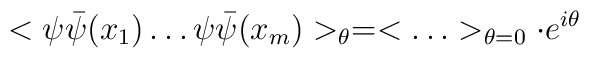
<\psi \bar{\psi}(x_1) \ldots \psi \bar{\psi}(x_m)>_{\theta} = <\ldots >_{\theta=0} \cdot e^{i \theta}